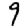
Digit: 9